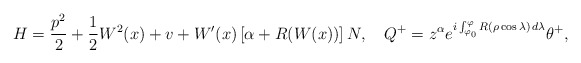
\begin{align*} H=\frac{p^2}2+\frac 12W^2(x)+v +W'(x)\left[\alpha+R(W(x))\right]N,\quad Q^+=z^\alpha e^{i\int _{\varphi _0}^\varphi R(\rho\cos\lambda)\,d\lambda}\theta^+,\end{align*}